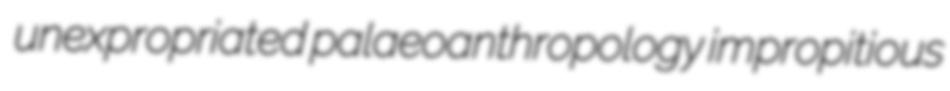
unexpropriated palaeoanthropology impropitious